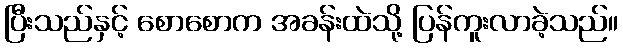
ပြီးသည်နှင့် စောစောက အခန်းထဲသို့ ပြန်ကူးလာခဲ့သည်။